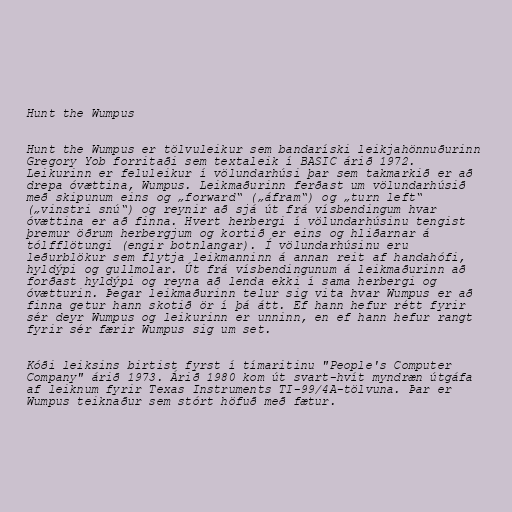
Hunt the Wumpus

Hunt the Wumpus er tölvuleikur sem bandaríski leikjahönnuðurinn
Gregory Yob forritaði sem textaleik í BASIC árið 1972.
Leikurinn er feluleikur í völundarhúsi þar sem takmarkið er að
drepa óvættina, Wumpus. Leikmaðurinn ferðast um völundarhúsið
með skipunum eins og „forward“ („áfram“) og „turn left“
(„vinstri snú“) og reynir að sjá út frá vísbendingum hvar
óvættina er að finna. Hvert herbergi í völundarhúsinu tengist
þremur öðrum herbergjum og kortið er eins og hliðarnar á
tólfflötungi (engir botnlangar). Í völundarhúsinu eru
leðurblökur sem flytja leikmanninn á annan reit af handahófi,
hyldýpi og gullmolar. Út frá vísbendingunum á leikmaðurinn að
forðast hyldýpi og reyna að lenda ekki í sama herbergi og
óvætturin. Þegar leikmaðurinn telur sig vita hvar Wumpus er að
finna getur hann skotið ör í þá átt. Ef hann hefur rétt fyrir
sér deyr Wumpus og leikurinn er unninn, en ef hann hefur rangt
fyrir sér færir Wumpus sig um set.

Kóði leiksins birtist fyrst í tímaritinu "People's Computer
Company" árið 1973. Árið 1980 kom út svart-hvít myndræn útgáfa
af leiknum fyrir Texas Instruments TI-99/4A-tölvuna. Þar er
Wumpus teiknaður sem stórt höfuð með fætur.